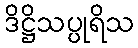
ဒိဋ္ဌိသပ္ပုရိသ